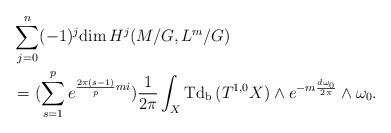
LaTeX: \begin{align*} &\sum^n_{j=0}(-1)^j\mathrm{dim\,}H^j(M/G,L^m/G) \\&=(\sum^{p}_{s=1}e^{\frac{2\pi(s-1)}{p}mi})\frac{1}{2\pi}\int_{X}\mathrm{Td_b\,}(T^{1,0}X)\wedge e^{-m\frac{d\omega_0}{2\pi}}\wedge\omega_0.\end{align*}